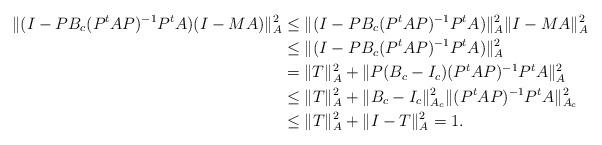
LaTeX: \begin{align*}\|(I - PB_c (P^tAP)^{-1}P^tA)(I - MA)\|_A^2 & \le \|(I - PB_c (P^tAP)^{-1}P^tA)\|_A^2 \|I - MA\|_A^2 \\& \le \|(I - PB_c (P^tAP)^{-1}P^tA)\|_A^2 \\& = \|T\|_A^2 + \|P(B_c - I_c) (P^tAP)^{-1}P^tA\|_A^2 \\& \le \|T\|_A^2 + \|B_c - I_c\|_{A_c}^2 \|(P^tAP)^{-1}P^tA\|_{A_c}^2 \\& \le \|T\|_A^2 + \|I - T\|_A^2 = 1.\end{align*}